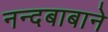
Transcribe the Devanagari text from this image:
नन्दबाबाने